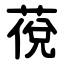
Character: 䓲